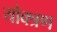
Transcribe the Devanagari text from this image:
योक्त्रण